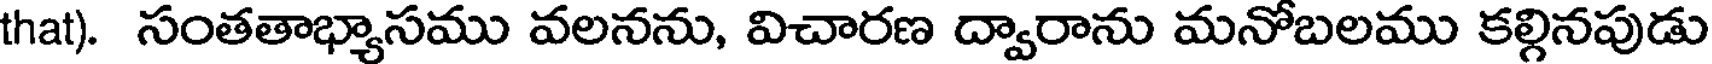
that). సంతతాభ్యాసము వలనను, విచారణ ద్వారాను మనోబలము కల్గినపుడు